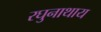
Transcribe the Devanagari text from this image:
रघुनाथाय